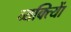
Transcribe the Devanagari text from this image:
व्यक्त्याेिं